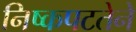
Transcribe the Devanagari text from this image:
निष्कपटतेने